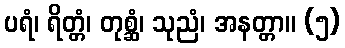
ပရံ၊ ရိတ္တံ၊ တုစ္ဆံ၊ သုညံ၊ အနတ္တာ။ (၅)